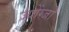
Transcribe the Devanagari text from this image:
ज्योंग्जो